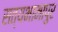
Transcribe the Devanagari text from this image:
सत्यभामापुर